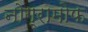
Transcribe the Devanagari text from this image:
नोग्रामोफ